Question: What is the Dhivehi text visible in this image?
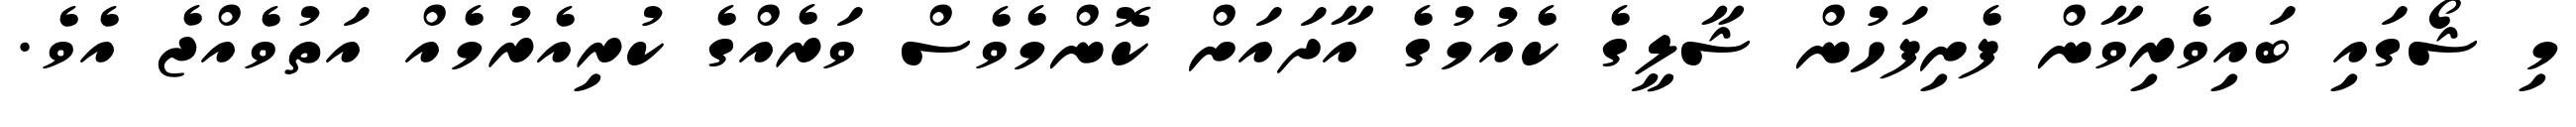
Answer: މި ޝޯގައި ބައިވެރިވާން ފެށިފަހުން ޝާލީގެ ކެއުމުގެ އާދައަށް ކޮންމެވެސް ވަރެއްގެ ކުރިއެރުމެއް އަތުވެއްޖެ އެވެ.